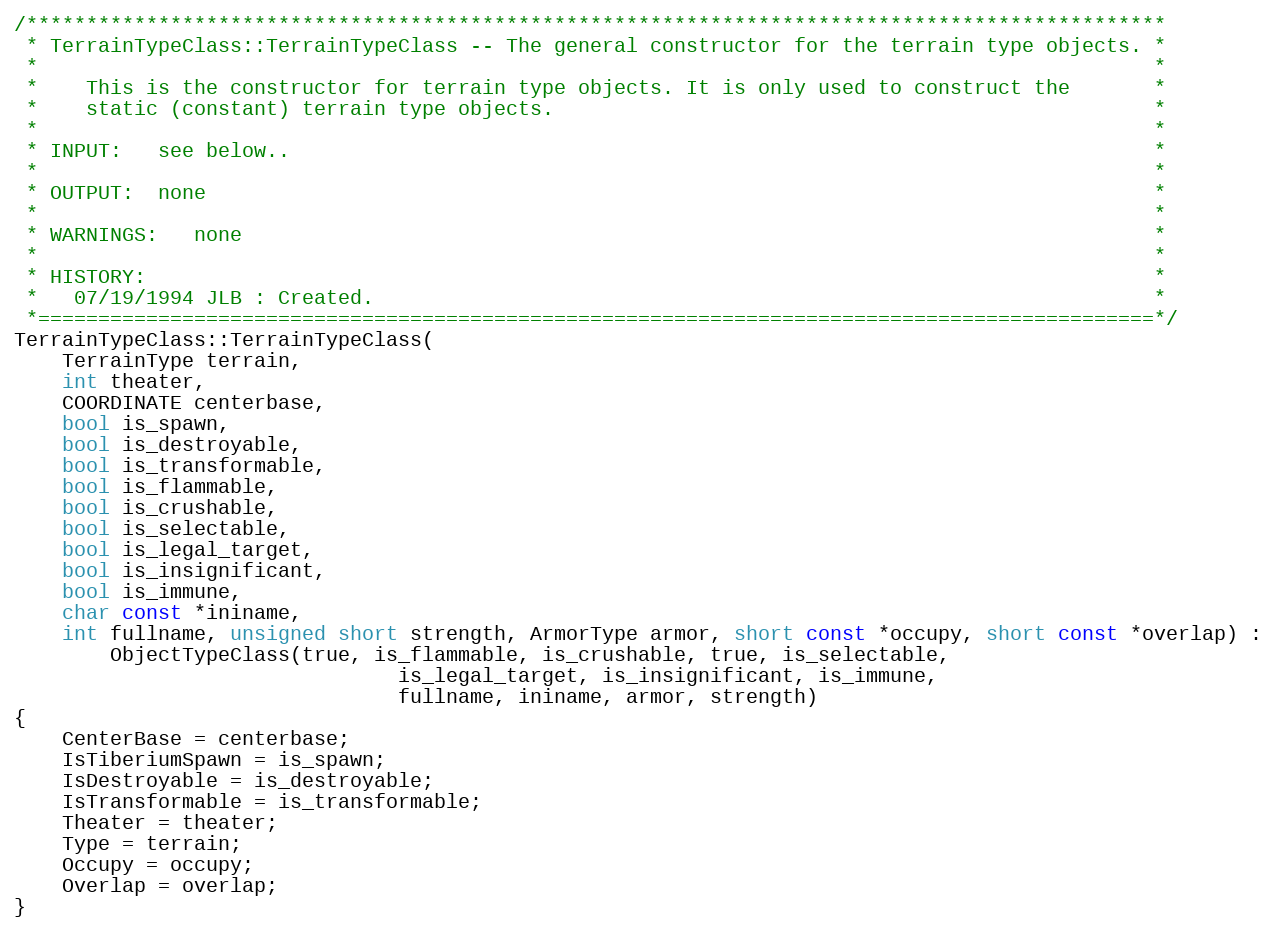
Language: C++
/***********************************************************************************************
 * TerrainTypeClass::TerrainTypeClass -- The general constructor for the terrain type objects. *
 *                                                                                             *
 *    This is the constructor for terrain type objects. It is only used to construct the       *
 *    static (constant) terrain type objects.                                                  *
 *                                                                                             *
 * INPUT:   see below..                                                                        *
 *                                                                                             *
 * OUTPUT:  none                                                                               *
 *                                                                                             *
 * WARNINGS:   none                                                                            *
 *                                                                                             *
 * HISTORY:                                                                                    *
 *   07/19/1994 JLB : Created.                                                                 *
 *=============================================================================================*/
TerrainTypeClass::TerrainTypeClass(
	TerrainType terrain,
	int theater,
	COORDINATE centerbase,
	bool is_spawn,
	bool is_destroyable,
	bool is_transformable,
	bool is_flammable,
	bool is_crushable,
	bool is_selectable,
	bool is_legal_target,
	bool is_insignificant,
	bool is_immune,
	char const *ininame,
	int fullname, unsigned short strength, ArmorType armor, short const *occupy, short const *overlap) :
		ObjectTypeClass(true, is_flammable, is_crushable, true, is_selectable,
								is_legal_target, is_insignificant, is_immune,
								fullname, ininame, armor, strength)
{
	CenterBase = centerbase;
	IsTiberiumSpawn = is_spawn;
	IsDestroyable = is_destroyable;
	IsTransformable = is_transformable;
	Theater = theater;
	Type = terrain;
	Occupy = occupy;
	Overlap = overlap;
}